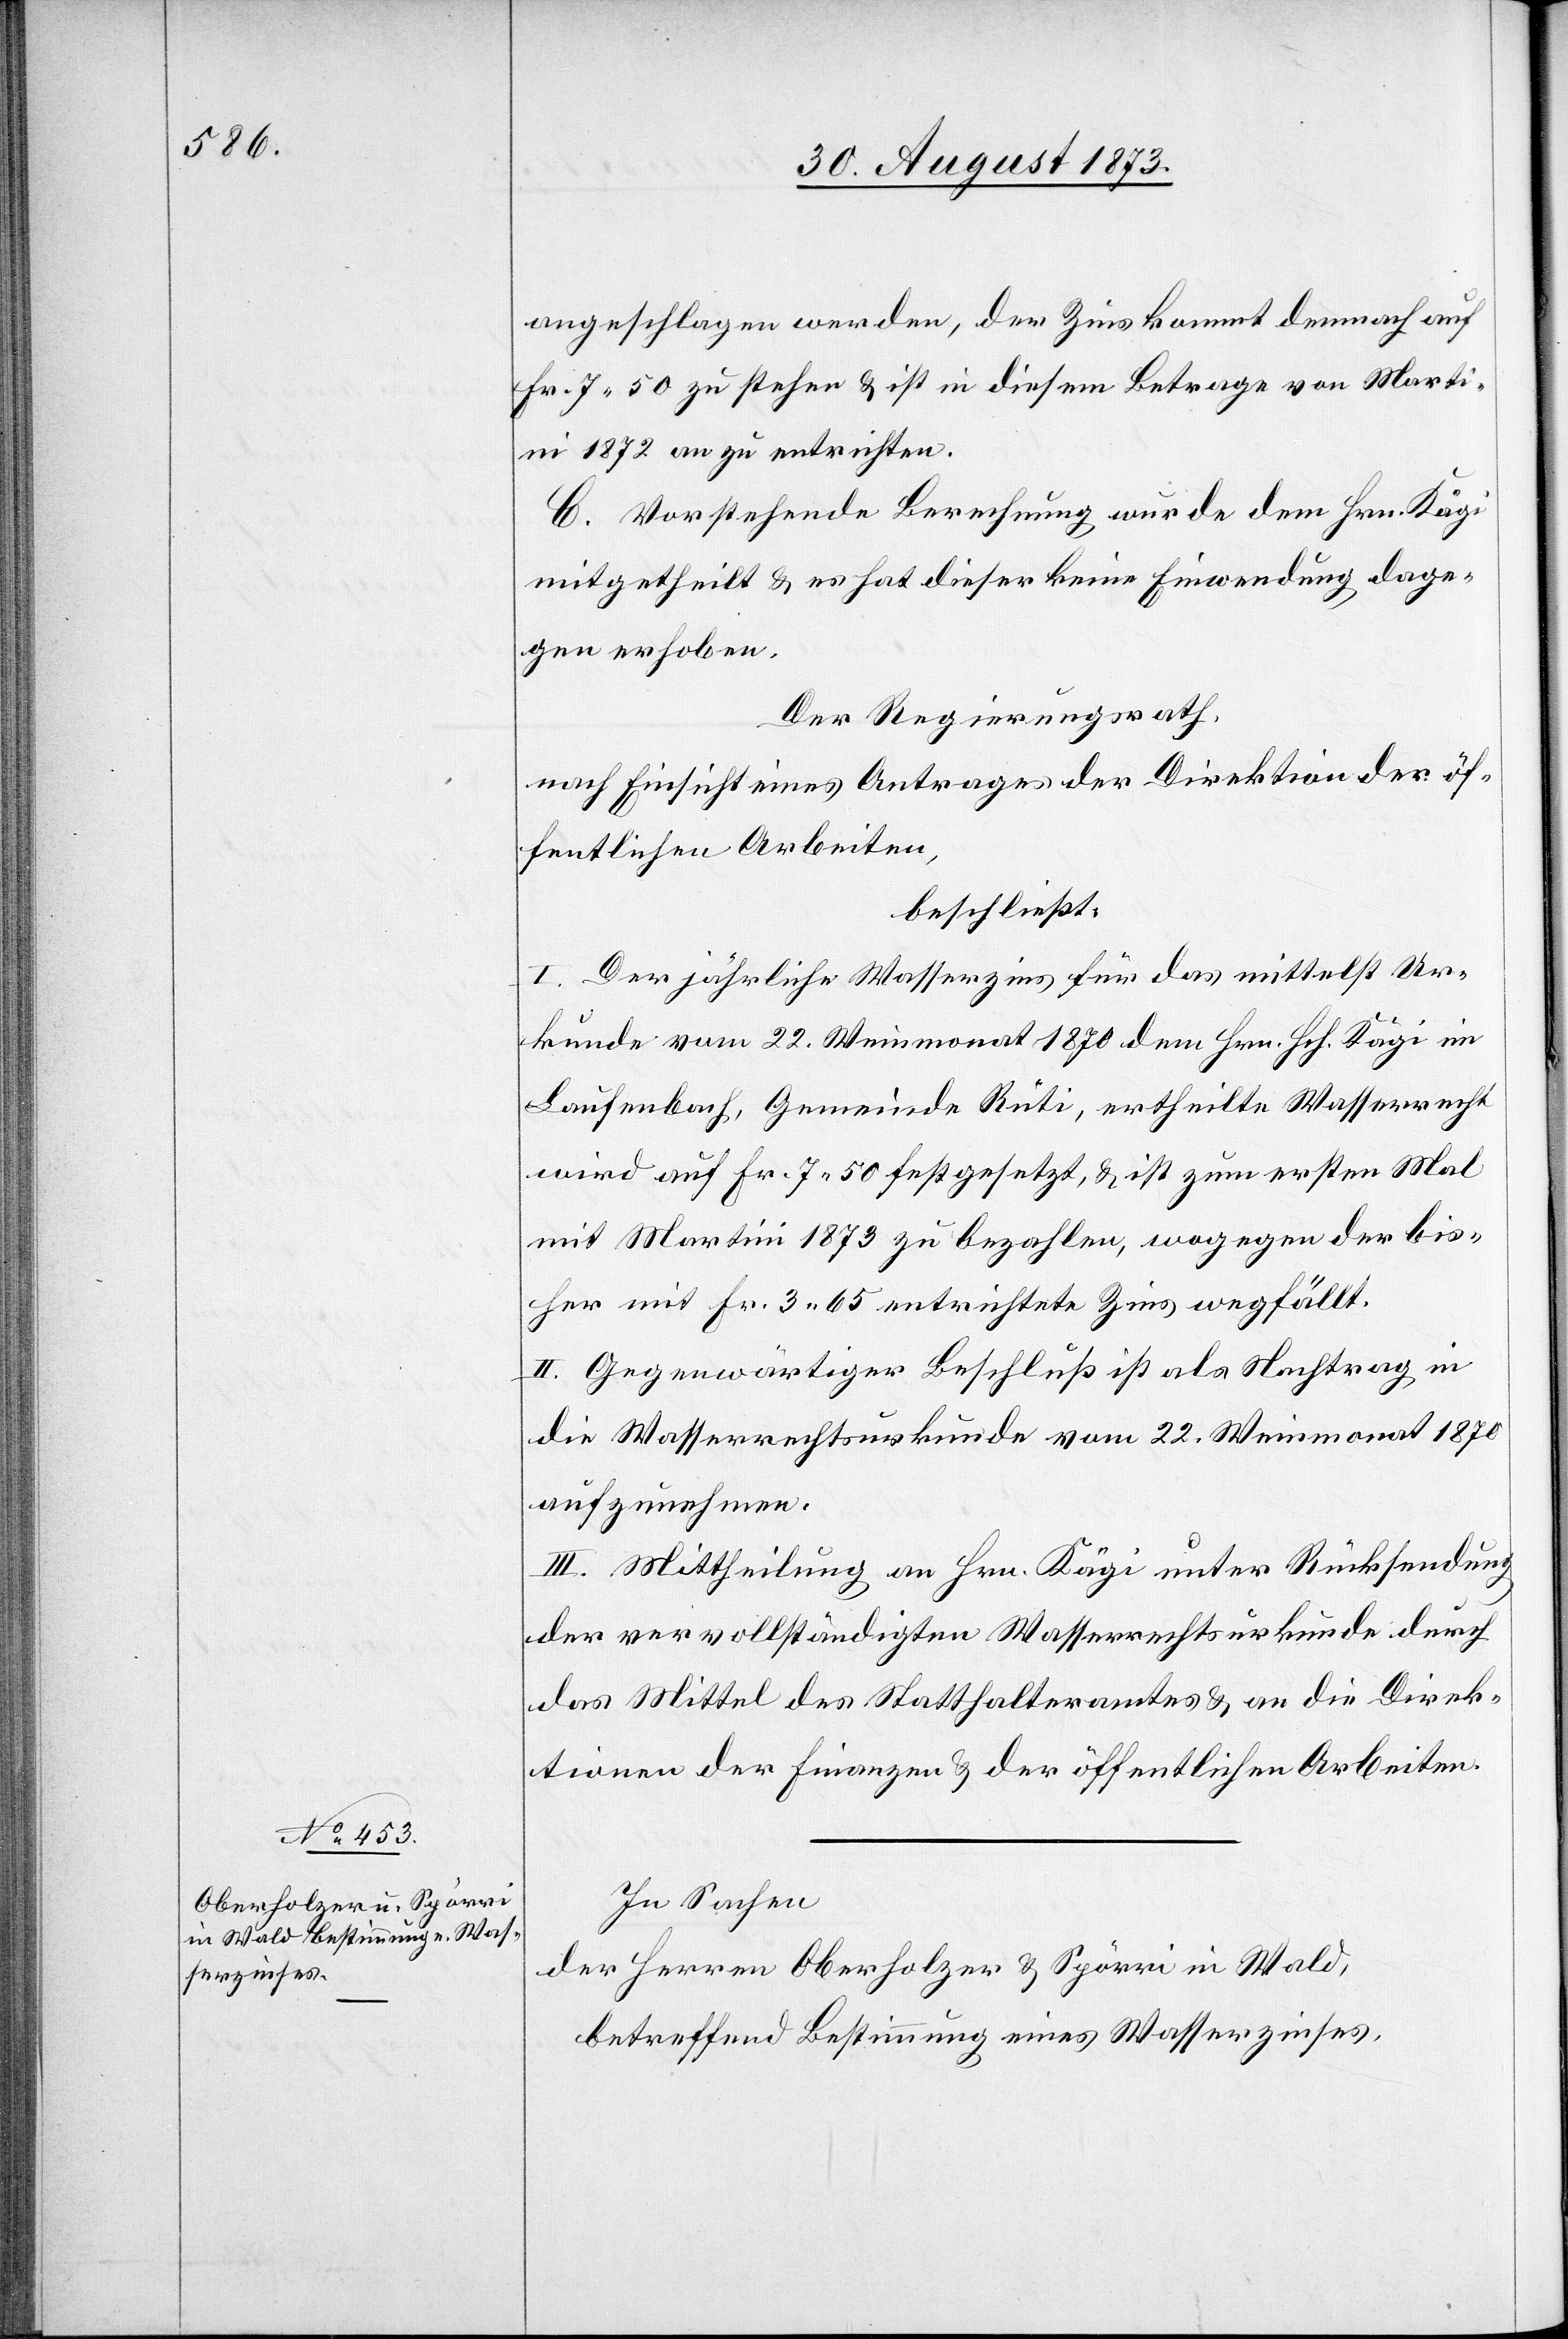
angeschlagen werden, der Zins kommt demnach auf
Fr. 7 50 zu stehen & ist in diesem Betrage von Mart¬
ini 1872 an zu entrichten.
C. Vorstehende Berechnung wurde dem Hrn. Kägi
mitgetheilt & es hat dieser keine Einwendung dage¬
gen erhoben.
Der Regierungsrath,
nach Einsicht eines Antrages der Direktion der öf¬
fentlichen Arbeiten,
beschließt:
I. Der jährliche Wasserzins für das mittelst Ur¬
kunde vom 22. Weinmonat 1870 dem Hrn. Hch. Kägi im
Laufenbach, Gemeinde Rüti, ertheilte Wasserrecht
wird auf Fr. 7 50 festgesetzt, & ist zum ersten Mal
mit Martini 1873 zu bezahlen, wogegen der bis¬
her mit Fr. 3 65 entrichtete Zins wegfällt.
II. Gegenwärtiger Beschluß ist als Nachtrag in
die Wasserrechtsurkunde vom 22. Weinmonat 1870
aufzunehmen.
III. Mittheilung an Hrn. Kägi unter Rücksendung
der vervollständigten Wasserrechtsurkunde durch
das Mittel des Statthalteramtes & an die Direk¬
tionen der Finanzen & der öffentlichen Arbeiten.
In Sachen
der Herren Oberholzer & Spörri in Wald,
betreffend Bestimmung eines Wasserzinses,